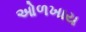
ઓળખાય